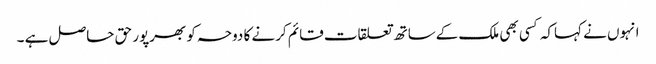
انہوں نے کہاکہ کسی بھی ملک کےساتھ تعلقات قائم کرنے کا دوحہ کو بھرپور حق حاصل ہے ۔